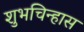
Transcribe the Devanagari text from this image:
शुभचिन्हास